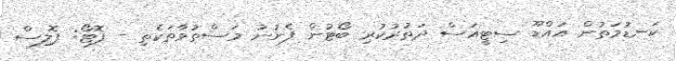
ކަނޑުމަތުން އައްޑޫ ސިޓީއަސް ދަތުރުކުރި ބޯޓުން ފެނުނު މަސްތުވާތަކެތި - ފޮޓޯ: ޕޮލިސް